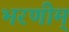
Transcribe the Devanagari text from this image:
भरणीम्